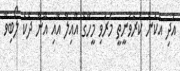
އަދި އެކަން ކުރެވުނީތީ މަރުވި މީހާގެ އާއިލާ އާއި އޭނާ ދެކެ ލޯބިވާ